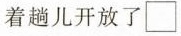
着趟儿开放了□